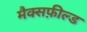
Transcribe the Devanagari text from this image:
मैक्सफ़ील्ड